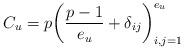
LaTeX: \begin{align*}C_u=p\biggl(\frac{p-1}{e_u}+\delta_{ij}\biggr)_{i,j=1}^{e_u}\end{align*}